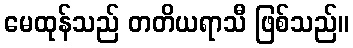
မေထုန်သည် တတိယရာသီ ဖြစ်သည်။